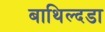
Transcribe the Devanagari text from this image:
बाथिल्दडा